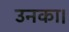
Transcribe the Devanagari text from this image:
उनका।